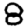
Digit: 8